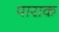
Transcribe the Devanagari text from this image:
पाराक